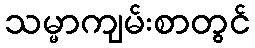
သမ္မာကျမ်းစာတွင်